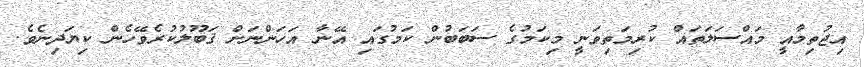
އިޖުތިމާއީ މައްސަލަތައް ކުރިމަތިވަނީ މިކަމުގެ ސަބަބުން ކަމުގައި އޭނާ އަހަންނަށް ޤަބޫލުކުރެވޭހެން ކިޔަދިނެވެ.